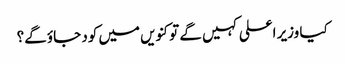
کیا وزیر اعلی کہیں گے تو کنویں میں کود جاؤ گے؟